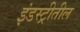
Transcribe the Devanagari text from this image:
इंडस्ट्रीतील